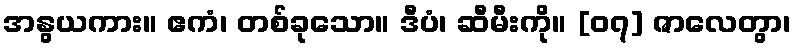
အနွယကား။ ဧကံ၊ တစ်ခုသော။ ဒီပံ၊ ဆီမီးကို။ [၀၇] ဇာလေတွာ၊